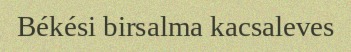
Békési birsalma kacsaleves